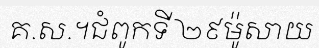
គ.ស.។ជំពូកទី ២៩ម៉ូសាយ